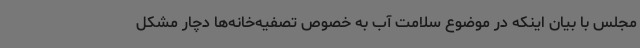
مجلس با بیان اینکه در موضوع سلامت آب به خصوص تصفیه‌خانه‌ها دچار مشکل